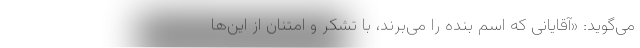
می‌گوید: «آقایانی که اسم بنده را می‌برند، با تشکر و امتنان از این‌ها